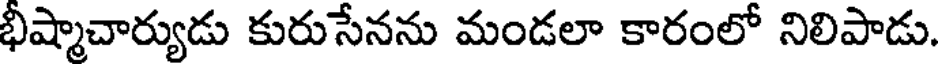
భీష్మాచార్యుడు కురుసేనను మండలా కారంలో నిలిపాడు.